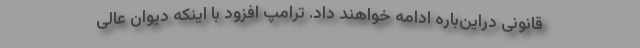
قانونی دراین‌باره ادامه خواهند داد. ترامپ افزود با اینکه دیوان عالی